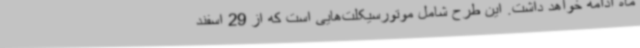
ماه ادامه خواهد داشت. این طرح شامل موتورسیکلت‌هایی است که از 29 اسفند